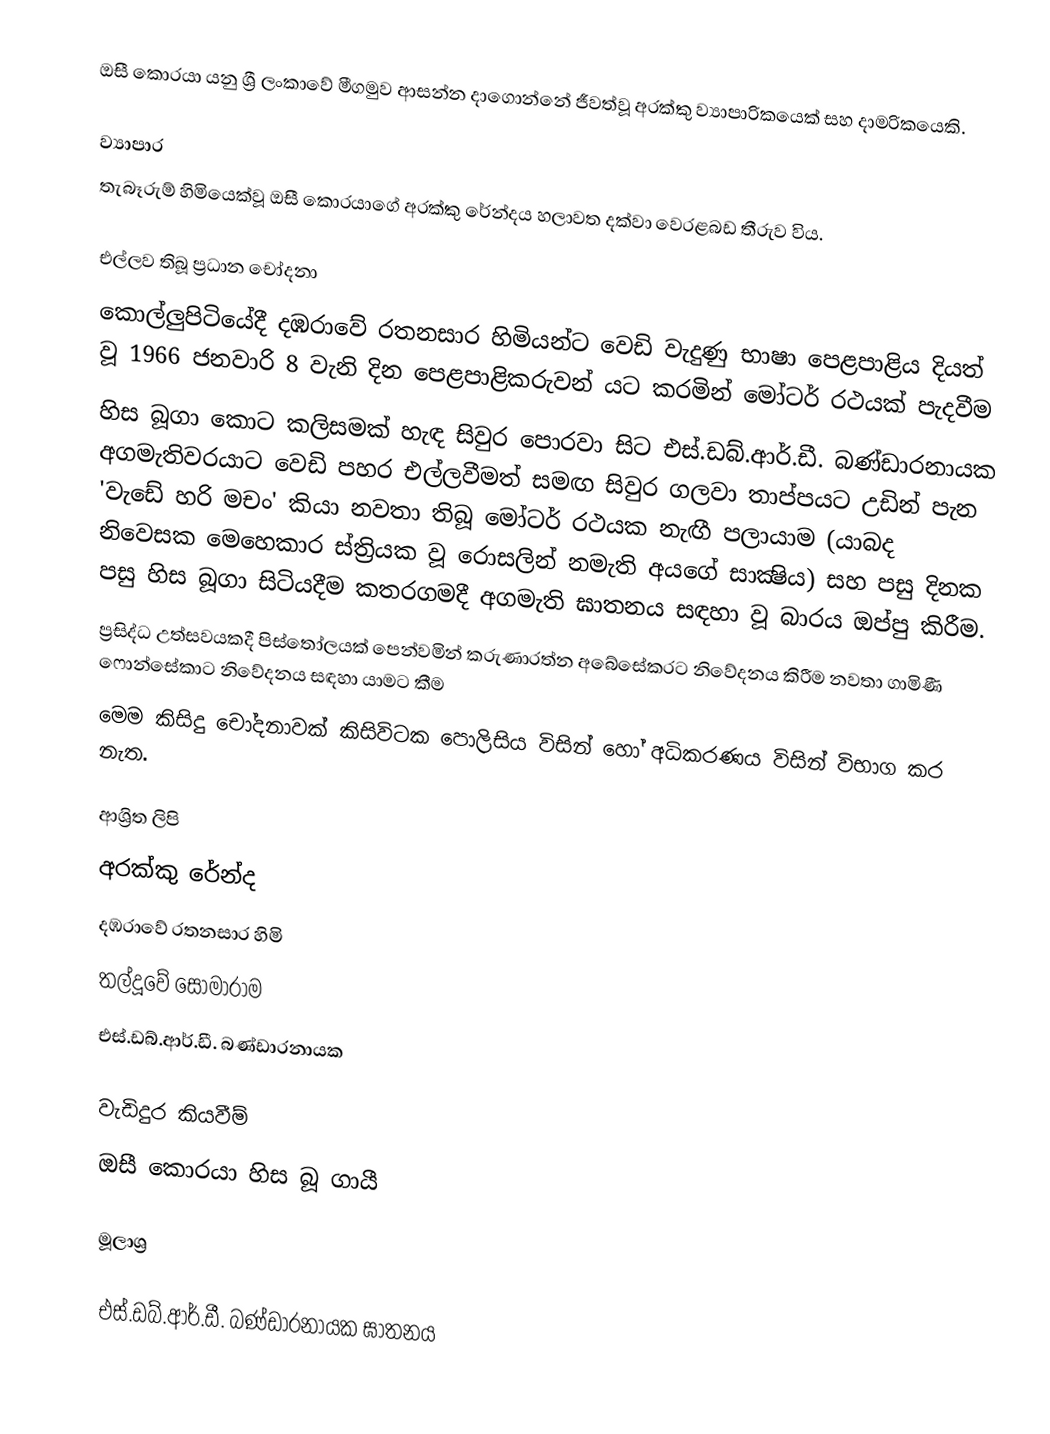
ඔසී කොරයා යනු ශ්‍රී ලංකාවේ මීගමුව ආසන්න දාගොන්නේ ජීවත්වූ අරක්කු ව්‍යාපාරිකයෙක් සහ දාමරිකයෙකි.

ව්‍යාපාර
තැබෑරුම් හිමියෙක්වූ ඔසී කොරයාගේ අරක්කු රේන්දය හලාවත දක්වා වෙරළබඩ තීරුව විය.

එල්ලව තිබූ ප්‍රධාන චෝදනා
 කොල්ලුපිටියේදී දඹරාවේ රතනසාර හිමියන්ට වෙඩි වැදුණු භාෂා පෙළපාළිය දියත් වූ 1966 ජනවාරි 8 වැනි දින  පෙළපාළිකරුවන් යට කරමින් මෝටර් රථයක් පැදවීම
 හිස බූගා කොට කලිසමක් හැඳ සිවුර පොරවා සිට එස්.ඩබ්.ආර්.ඩී. බණ්ඩාරනායක අගමැතිවරයාට වෙඩි පහර එල්ලවීමත් සමඟ සිවුර ගලවා තාප්පයට උඩින් පැන 'වැඩේ හරි මචං' කියා නවතා තිබූ මෝටර් රථයක නැඟී පලායාම (යාබද නිවෙසක මෙහෙකාර ස්ත්‍රියක වූ රොසලින් නමැති අයගේ සාක්‍ෂිය) සහ පසු  දිනක පසු හිස බූගා සිටියදීම කතරගමදී අගමැති ඝාතනය සඳහා වූ බාරය ඔප්පු කිරීම.
 ප්‍රසිද්ධ උත්සවයකදී පිස්තෝලයක් පෙන්වමින් කරුණාරත්න අබේසේකරට නිවේදනය කිරීම නවතා ගාමිණී ෆොන්සේකාට නිවේදනය සඳහා යාමට කීම
 මෙම කිසිදු චෝදනාවක් කිසිවිටක පොලිසිය විසින් හෝ අධිකරණය විසින් විභාග කර නැත.

ආශ්‍රිත ලිපි
 අරක්කු රේන්ද
 දඹරාවේ රතනසාර හිමි
 තල්දූවේ සෝමාරාම
 එස්.ඩබ්.ආර්.ඩී. බණ්ඩාරනායක

වැඩිදුර කියවීම්
 ඔසී කොරයා හිස බූ ගායී

මූලාශ්‍ර

එස්.ඩබ්.ආර්.ඩී. බණ්ඩාරනායක ඝාතනය